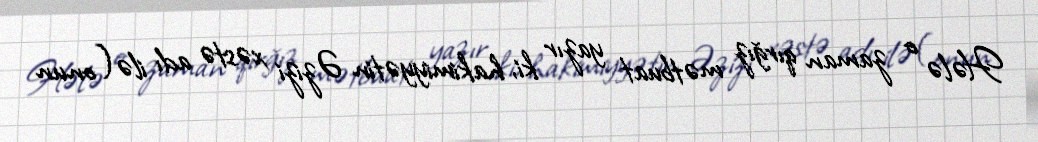
Hələ o zaman qırğız mətbuat yazır ki, hakimiyyətin Əzizi xəstə adı ilə (onun